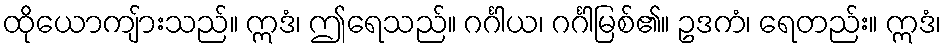
ထိုယောကျ်ားသည်။ ဣဒံ၊ ဤရေသည်။ ဂင်္ဂါယ၊ ဂင်္ဂါမြစ်၏။ ဥဒကံ၊ ရေတည်း။ ဣဒံ၊